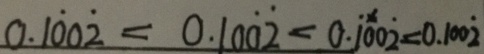
0 . 1 \dot { 0 } 0 \dot { 2 } < 0 . 1 0 \dot { 0 } \dot { 2 } < 0 . \dot { 1 } 0 0 \dot { 2 } < 0 . 1 0 0 \dot { 2 }